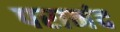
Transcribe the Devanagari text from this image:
परानंद